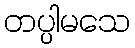
တပ္ပါမသေ